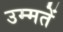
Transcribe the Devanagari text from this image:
उम्मतें